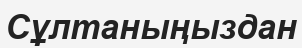
Сұлтаныңыздан